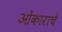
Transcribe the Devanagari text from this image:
ओंकाराचे